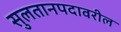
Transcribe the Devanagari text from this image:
सुलतानपदावरील